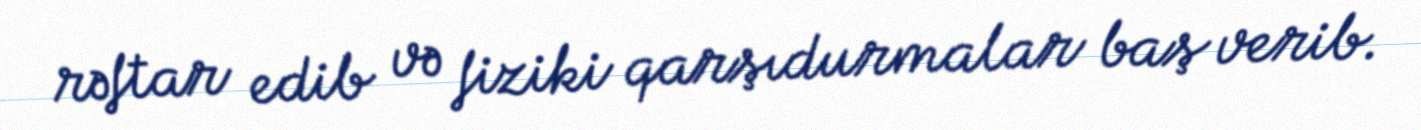
rəftar edib və fiziki qarşıdurmalar baş verib.